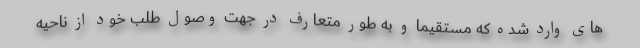
های وارد شده که مستقیما و به طور متعارف در جهت وصول طلب خود از ناحیه